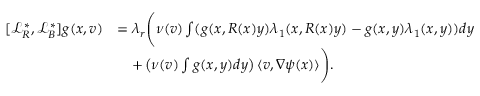
\begin{array} { r l } { [ \mathcal { L } _ { R } ^ { * } , \mathcal { L } _ { B } ^ { * } ] g ( x , v ) } & { = \lambda _ { r } \Bigg ( \nu ( v ) \int ( g ( x , R ( x ) y ) \lambda _ { 1 } ( x , R ( x ) y ) - g ( x , y ) \lambda _ { 1 } ( x , y ) ) d y } \\ & { \quad + \left( \nu ( v ) \int g ( x , y ) d y \right) \langle v , \nabla \psi ( x ) \rangle \Bigg ) . } \end{array}